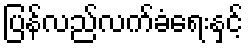
ပြန်လည်လက်ခံရေးနှင့်